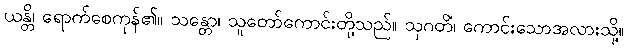
ယန္တိ၊ ရောက်စေကုန်၏။ သန္တော၊ သူတော်ကောင်းတို့သည်။ သုဂတိံ၊ ကောင်းသောအလားသို့။